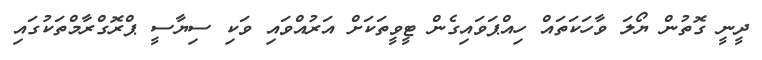
ދީނީ ގޮތުން ޔޯލަ ވާހަކަތައް ހިއްޕަވައިގެން ޓީވީތަކަށް އަރުއްވައި ވަކި ސިޔާސީ ޕްރޮގްރާމްތަކުގައި